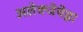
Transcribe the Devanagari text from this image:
अलेक्जेयेव्ना